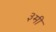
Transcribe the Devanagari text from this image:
३मी